Bréfritari: Aðalbjartur Bjarnason (Albert Arnason)
Dagsetning: A-1874-00-00
Skrifað á: Ólafsdal  Dal.

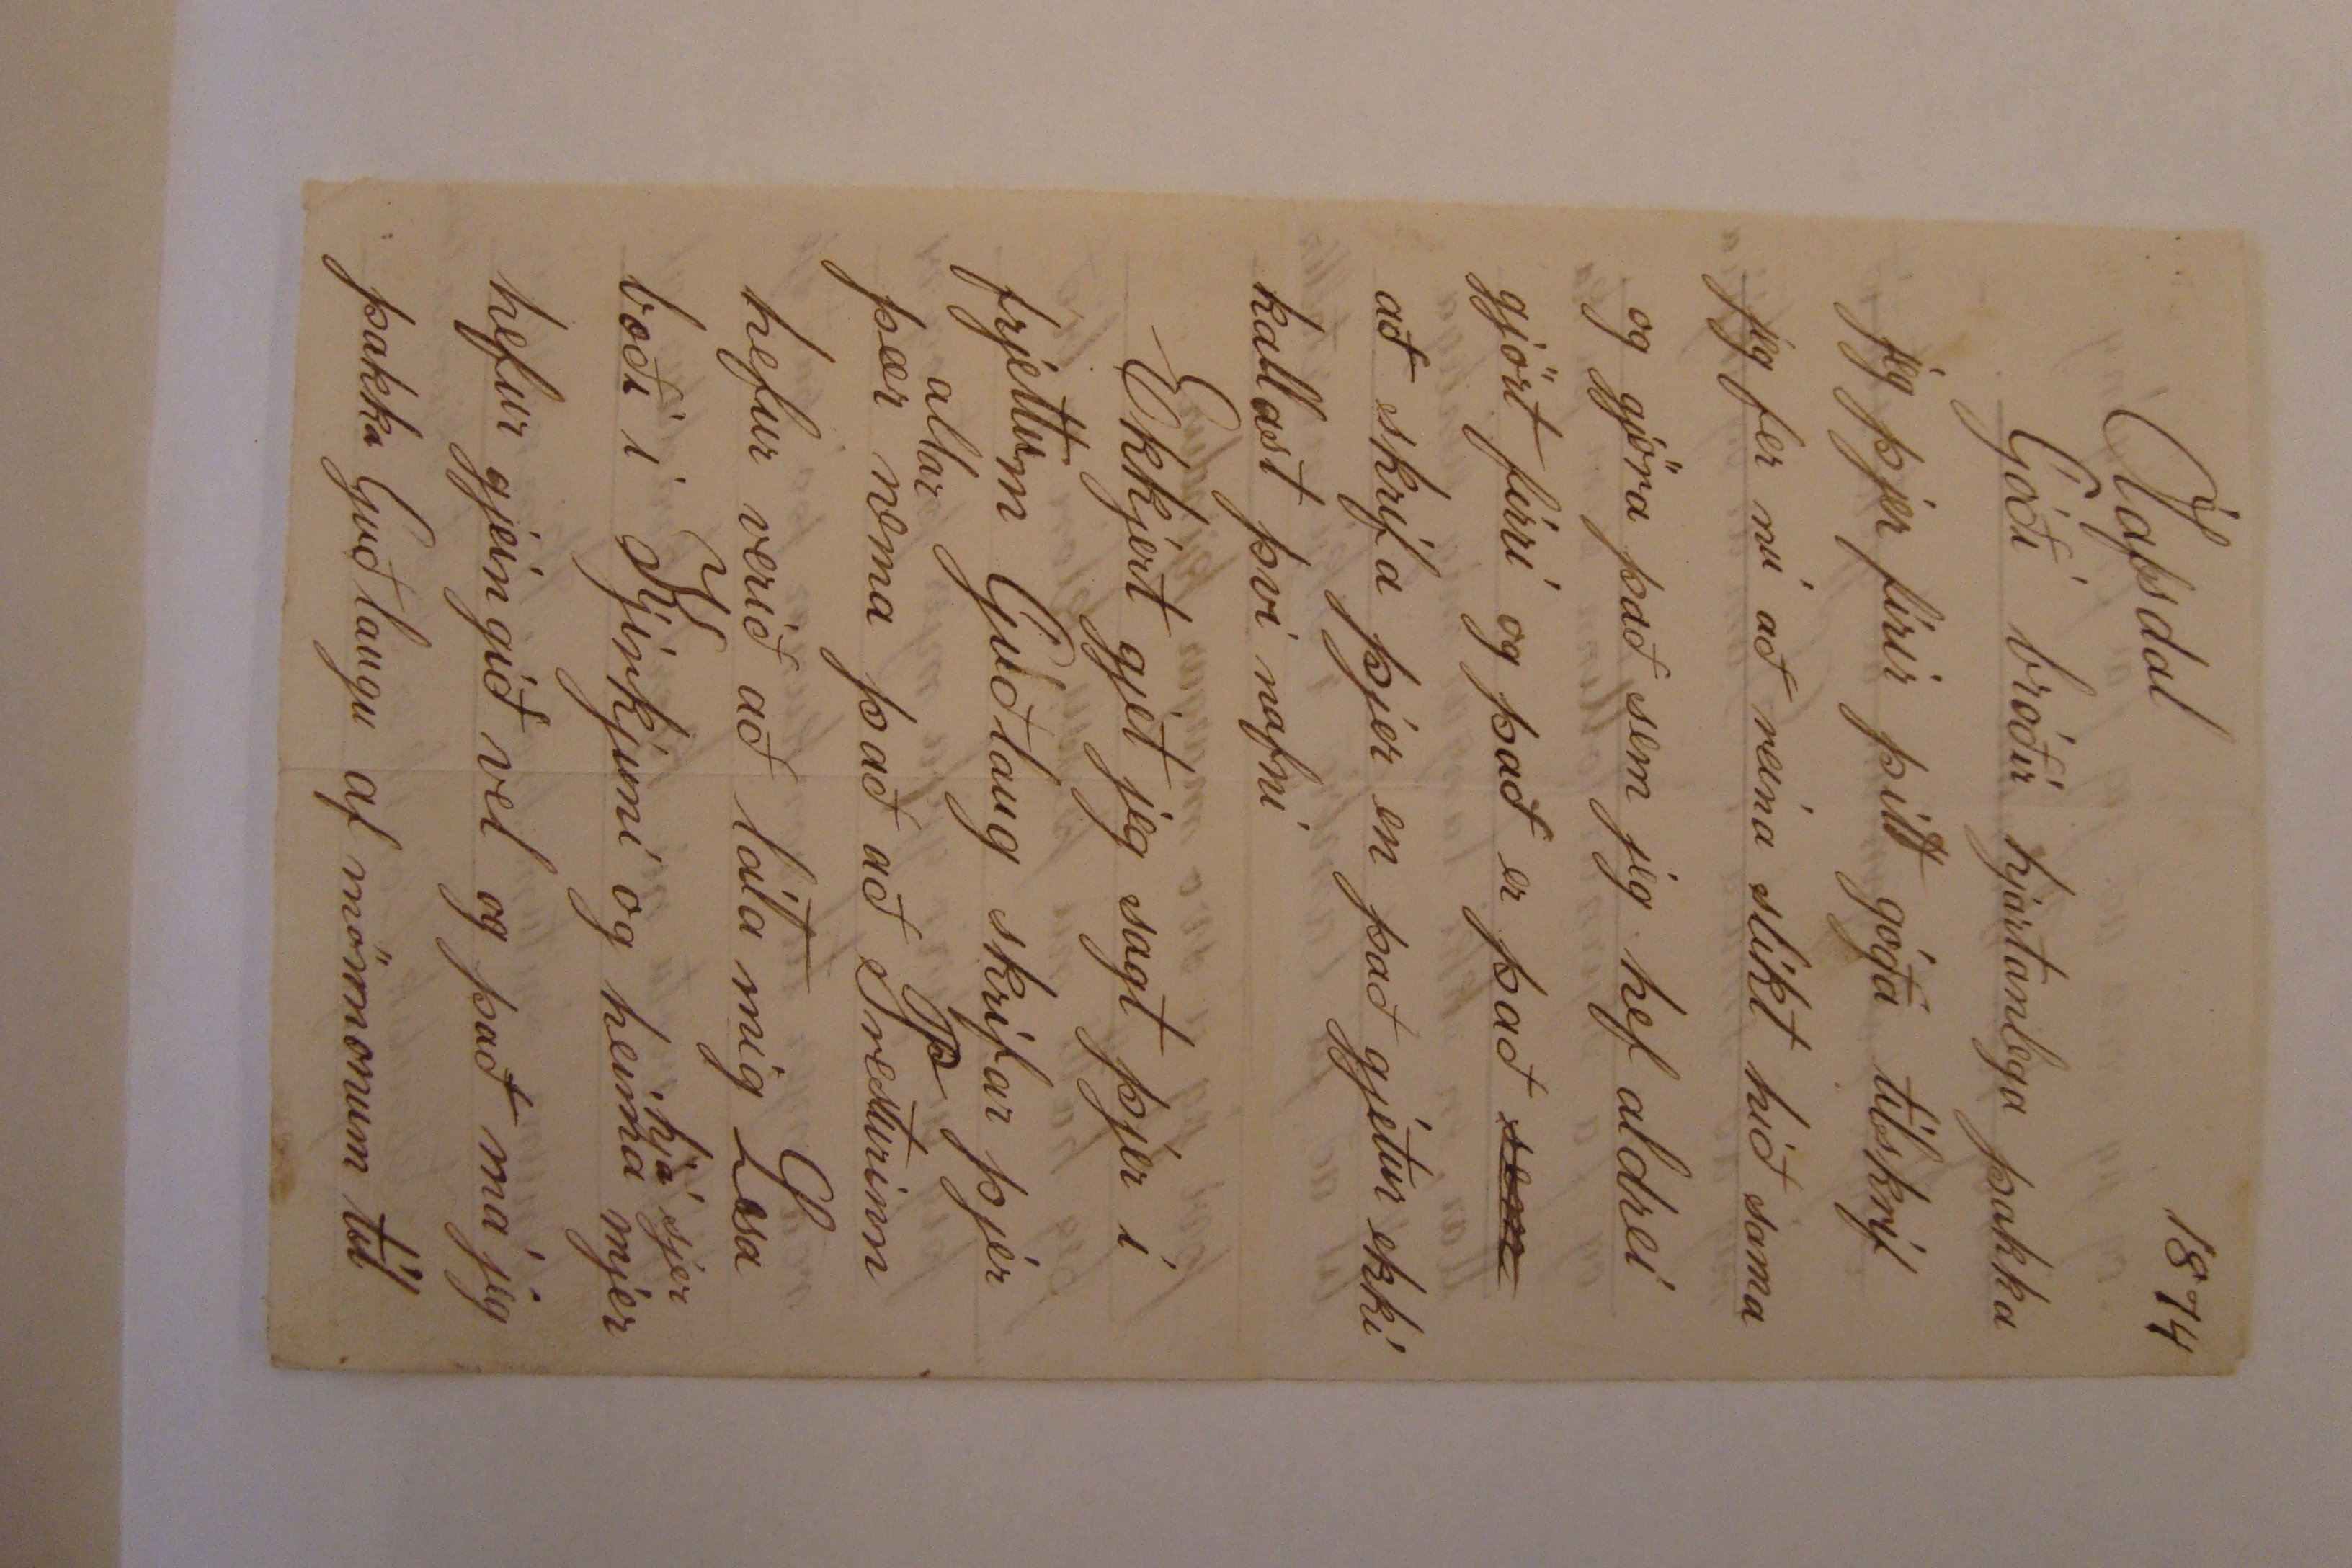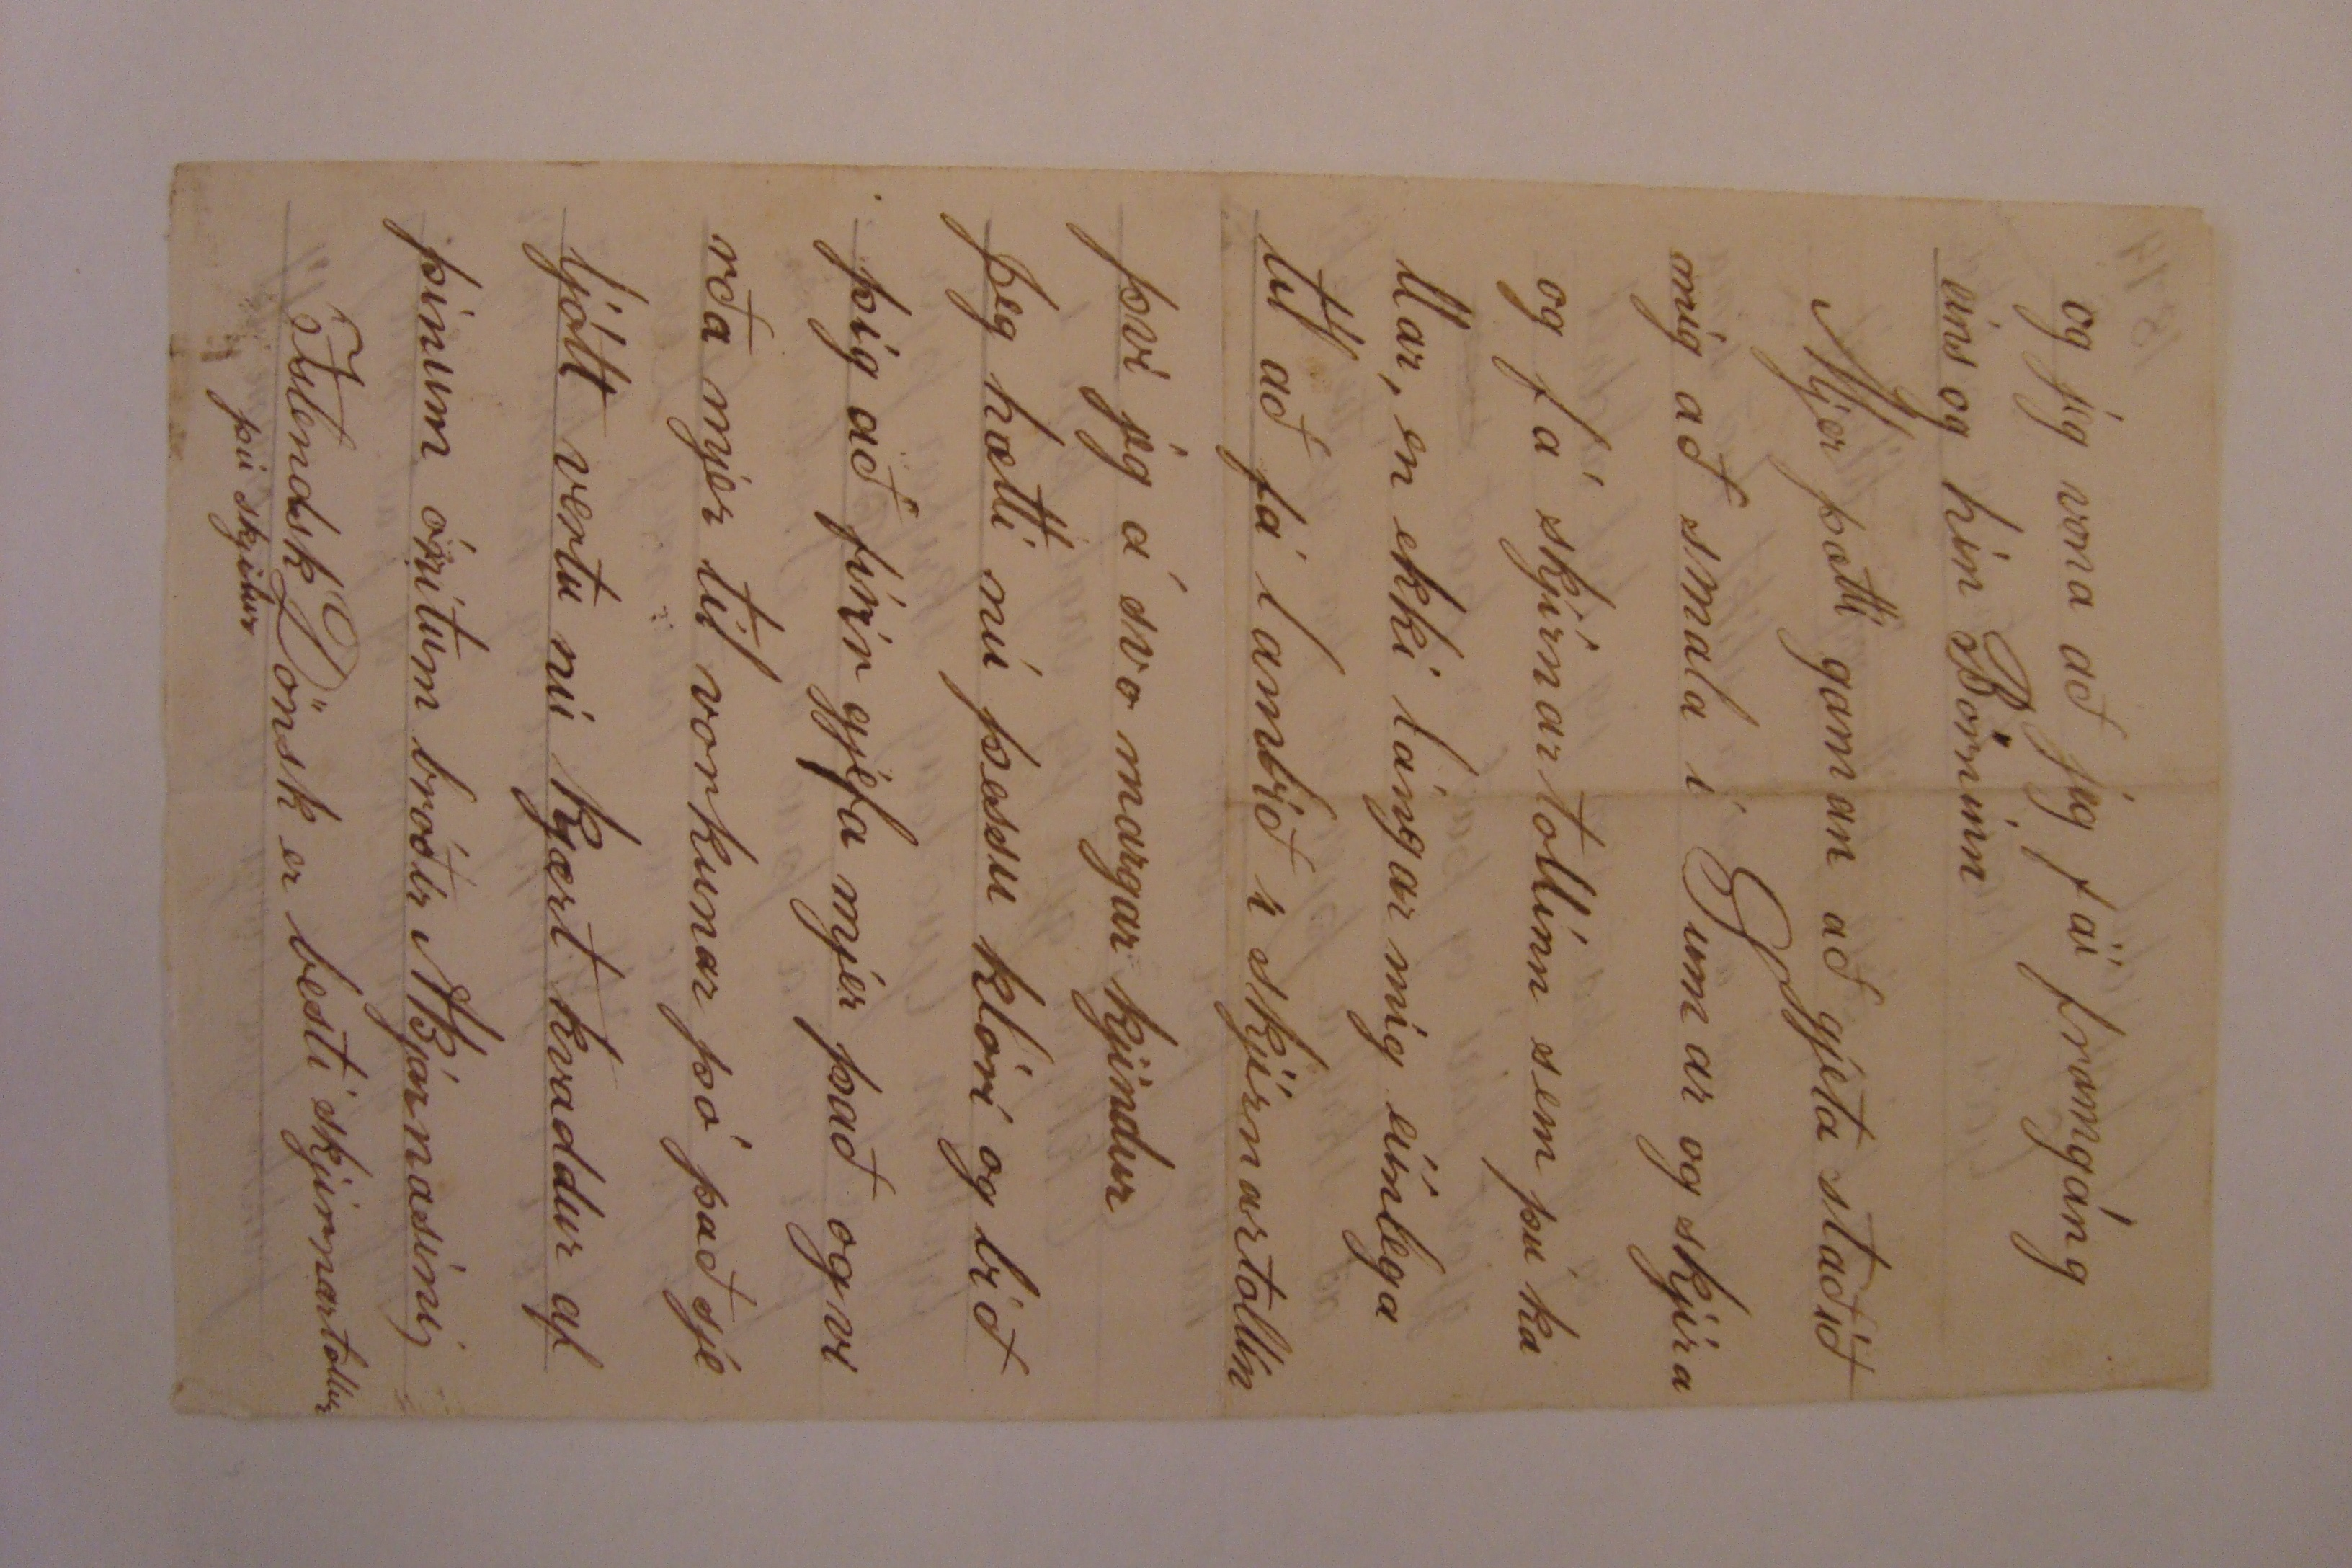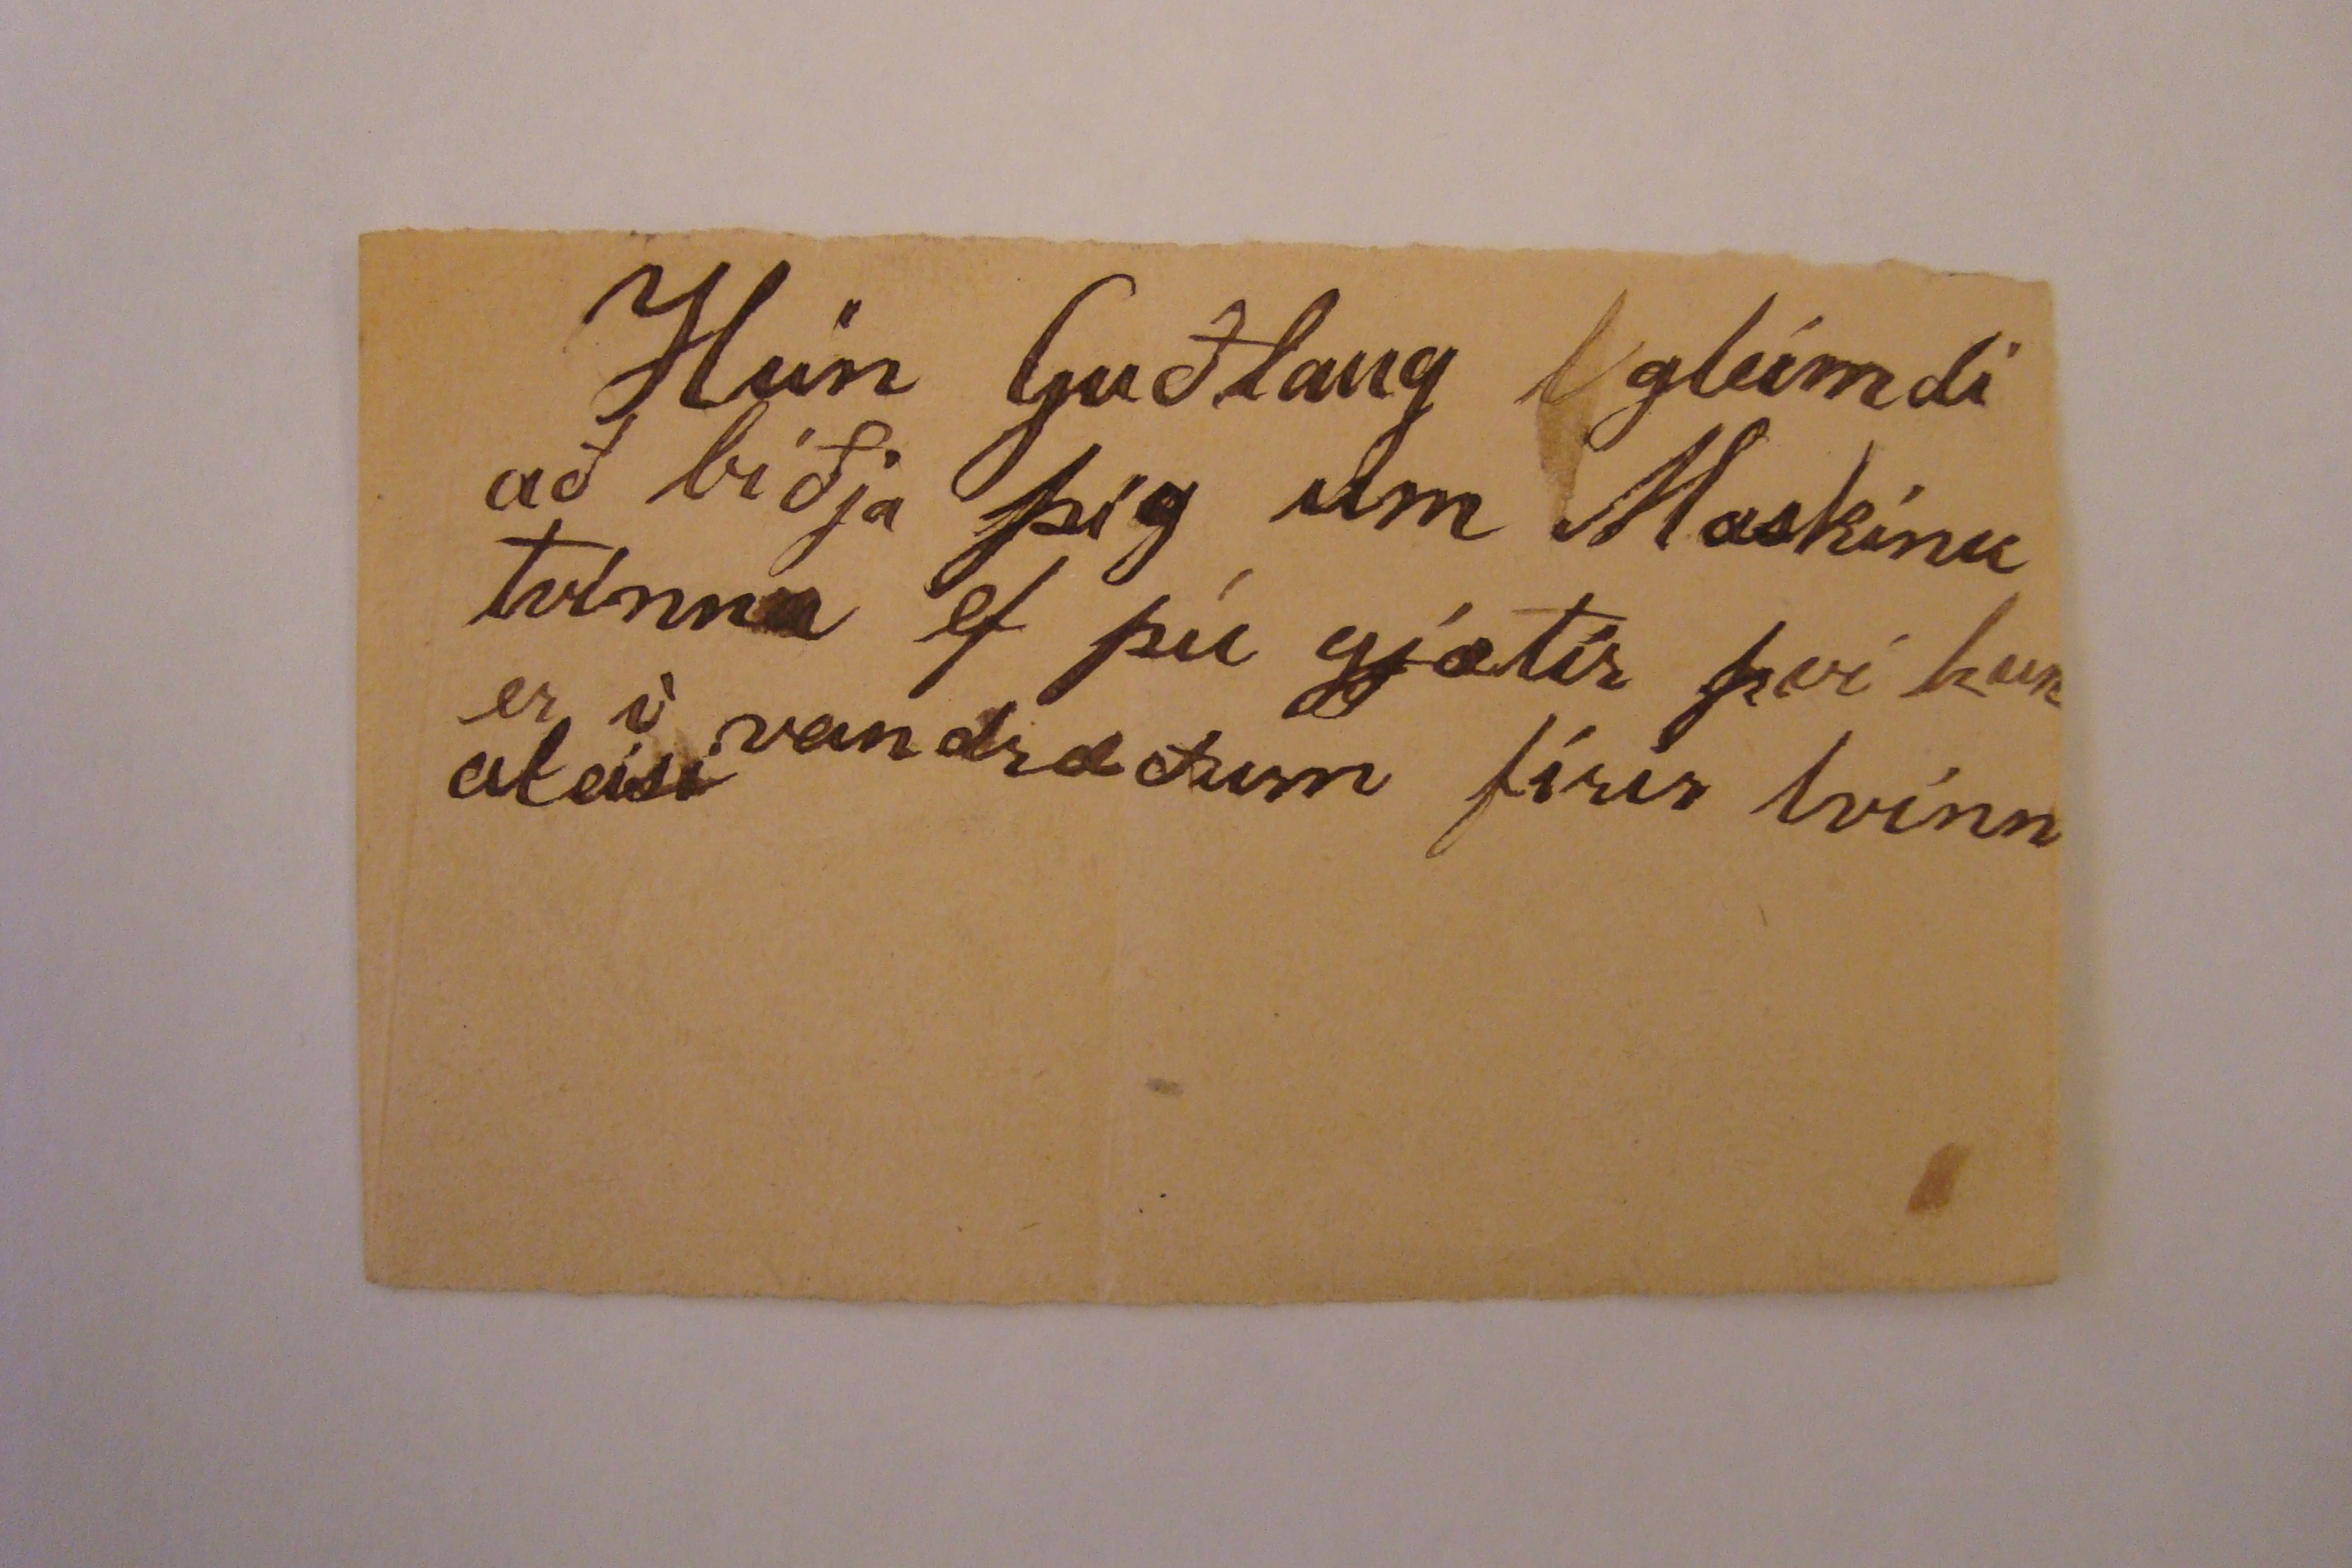

Ólafsdal 1874
Góði bróðir hjartanlega þakka jeg þjer firir þitt góða tilskrif jeg fer nú að reina slíkt hið sama og gjöra það sem jeg hef aldrei gjört firri og það er það
sem
að skrifa þjer en það gjetur ekki kallast því nafni
Ekkjert gjet jeg sagt þjer í frjettum Guðlaug skrifar þær
allar
nema það að Pesturinn hefur verið að láta mig Lesa bæði í Kjirkjuni og heima
hjá sjer
mjer hefur gjeingið vel og það má jeg þakka Guðlaugu af mönnonum til
og jeg vona að jeg fái framgáng eins og hin Börninn
Mjer þætti gaman að gjeta staðið mig að smala í Sumar og skjíra og fá skjíranrtollinn sem þú kallar, en ekki lángar mig eiinlega til að fá lambið í skjírnartollin því jeg á svo margar kjindur
Jeg hætti nú þessu klóri og bið þig að firir gjefa mjer það og virða mjer til vorkunar þó það sje ljótt vertu nú kjært kvaddur af þínum ónítum bróðir ABjarnasini
Islendsk Dönsk er besti skjírnartollur þú skjilur